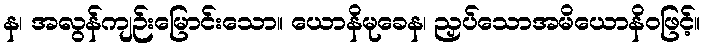
န၊ အလွန်ကျဉ်းမြောင်းသော။ ယောနိမုခေန၊ ညှပ်သောအမိယောနိဝဖြင့်။